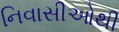
નિવાસીઓથી